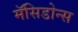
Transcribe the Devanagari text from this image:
मॅसिडोन्स